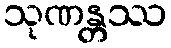
သုဏန္တဿ